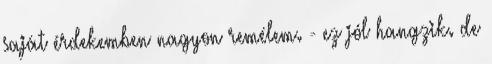
saját érdekemben nagyon remélem. - ez jól hangzik. de